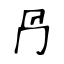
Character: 冎